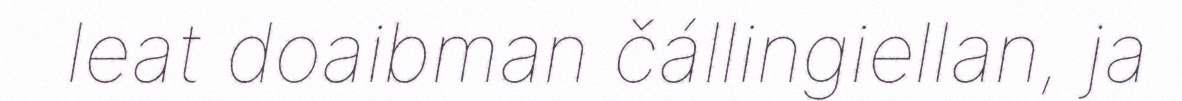
leat doaibman čállingiellan, ja